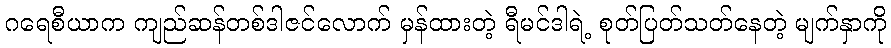
ဂရေစီယာက ကျည်ဆန်တစ်ဒါဇင်လောက် မှန်ထားတဲ့ ရီမင်ဒါရဲ့ စုတ်ပြတ်သတ်နေတဲ့ မျက်နှာကို